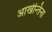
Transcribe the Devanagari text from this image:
आर्खेन्तिना